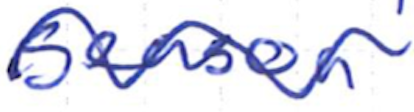
Text: season
Cross-out: wave
Writing tool: ballpoint